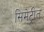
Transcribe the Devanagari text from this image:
सिमेट्रीत